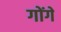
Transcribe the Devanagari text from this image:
गोंगे